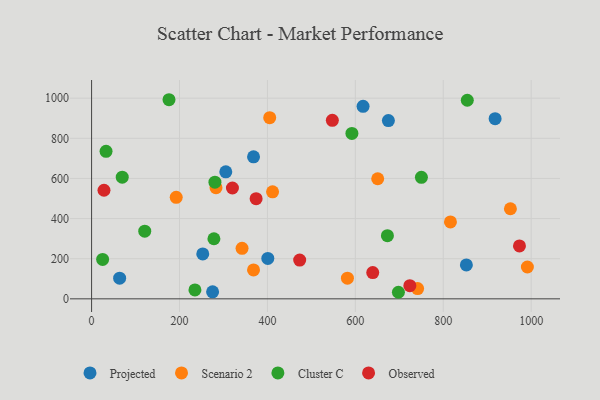
{"axis": {"x": "Ad Spend", "y": "Sales"}, "legend": ["Cluster C", "Observed", "Projected", "Scenario 2"], "data": [{"x": "675.2", "y": 888.4, "type": "Projected"}, {"x": "368.4", "y": 707.6, "type": "Projected"}, {"x": "852.6", "y": 168.9, "type": "Projected"}, {"x": "305.3", "y": 632.9, "type": "Projected"}, {"x": "63.8", "y": 102.9, "type": "Projected"}, {"x": "918.0", "y": 898.0, "type": "Projected"}, {"x": "275.3", "y": 34.9, "type": "Projected"}, {"x": "617.6", "y": 959.1, "type": "Projected"}, {"x": "400.9", "y": 201.3, "type": "Projected"}, {"x": "252.9", "y": 223.7, "type": "Projected"}, {"x": "368.4", "y": 144.3, "type": "Scenario 2"}, {"x": "952.8", "y": 449.0, "type": "Scenario 2"}, {"x": "405.2", "y": 903.0, "type": "Scenario 2"}, {"x": "411.7", "y": 533.1, "type": "Scenario 2"}, {"x": "582.0", "y": 102.9, "type": "Scenario 2"}, {"x": "342.3", "y": 251.9, "type": "Scenario 2"}, {"x": "650.9", "y": 598.3, "type": "Scenario 2"}, {"x": "991.4", "y": 158.7, "type": "Scenario 2"}, {"x": "741.7", "y": 51.0, "type": "Scenario 2"}, {"x": "816.4", "y": 383.3, "type": "Scenario 2"}, {"x": "283.0", "y": 553.9, "type": "Scenario 2"}, {"x": "192.5", "y": 505.8, "type": "Scenario 2"}, {"x": "176.1", "y": 992.2, "type": "Cluster C"}, {"x": "673.0", "y": 314.8, "type": "Cluster C"}, {"x": "592.2", "y": 824.5, "type": "Cluster C"}, {"x": "69.7", "y": 606.2, "type": "Cluster C"}, {"x": "25.1", "y": 196.2, "type": "Cluster C"}, {"x": "698.0", "y": 32.7, "type": "Cluster C"}, {"x": "280.6", "y": 581.3, "type": "Cluster C"}, {"x": "854.7", "y": 989.5, "type": "Cluster C"}, {"x": "120.9", "y": 337.3, "type": "Cluster C"}, {"x": "278.3", "y": 299.4, "type": "Cluster C"}, {"x": "750.3", "y": 605.3, "type": "Cluster C"}, {"x": "32.9", "y": 735.3, "type": "Cluster C"}, {"x": "235.1", "y": 44.2, "type": "Cluster C"}, {"x": "473.4", "y": 193.4, "type": "Observed"}, {"x": "547.7", "y": 889.4, "type": "Observed"}, {"x": "724.0", "y": 65.8, "type": "Observed"}, {"x": "639.6", "y": 130.7, "type": "Observed"}, {"x": "374.3", "y": 499.1, "type": "Observed"}, {"x": "320.4", "y": 552.2, "type": "Observed"}, {"x": "28.2", "y": 541.2, "type": "Observed"}, {"x": "973.4", "y": 263.6, "type": "Observed"}]}